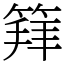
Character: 𥯟